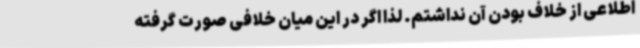
اطلاعی از خلاف بودن آن نداشتم. لذا اگر در این میان خلافی صورت گرفته